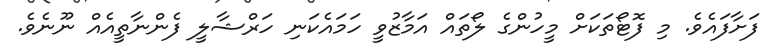
ފަށާފައެވެ. މި ފޮޓޯތަކަށް މީހުންގެ ލޯތައް އަމާޒުވީ ހަމައެކަނި ހަރްޝާލީ ފެންނާތީއެއް ނޫނެވެ.